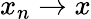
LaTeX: x_{n}\rightarrow x